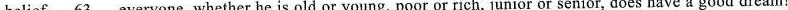
belief . \underline{63} everyone, whether he is old or young, poor or rich, junior or senior, does have a good dream!